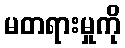
မတရားမှုကို